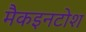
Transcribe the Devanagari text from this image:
मैकइनटोश